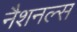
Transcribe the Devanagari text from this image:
नैशनल्स